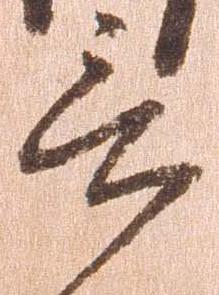
言